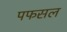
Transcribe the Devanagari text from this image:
पफसल